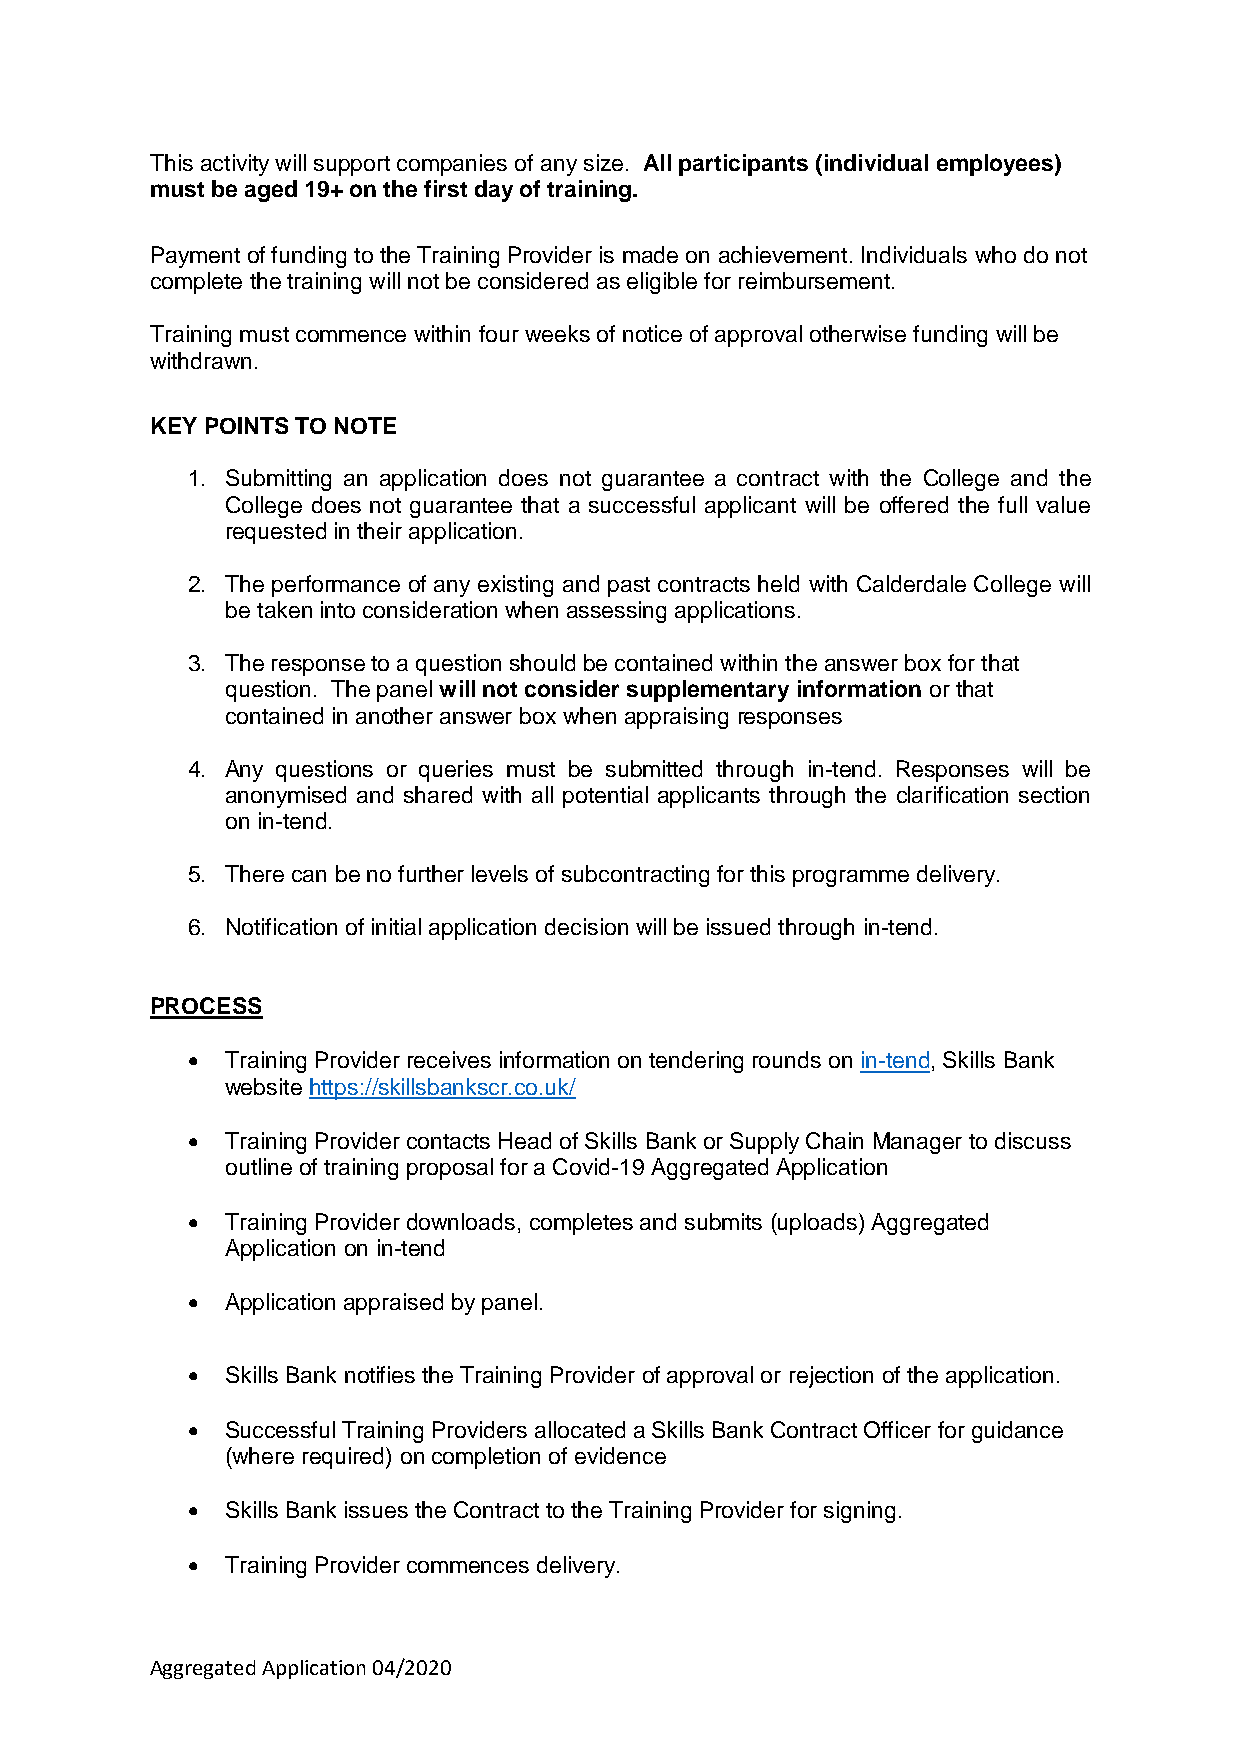
This activity will support companies of any size. All participants (individual employees)
 must be aged 19+ on the first day of training.
 Payment of funding to the Training Provider is made on achievement. Individuals who do not
 complete the training will not be considered as eligible for reimbursement.
 Training must commence within four weeks of notice of approval otherwise funding will be
 withdrawn.
 KEY POINTS TO NOTE
 1. Submitting an application does not guarantee a contract with the College and the
 College does not guarantee that a successful applicant will be offered the full value
 requested in their application.
 2. The performance of any existing and past contracts held with Calderdale College will
 be taken into consideration when assessing applications.
 3. The response to a question should be contained within the answer box for that
 question. The panel will not consider supplementary information or that
 contained in another answer box when appraising responses
 4. Any questions or queries must be submitted through in-tend. Responses will be
 anonymised and shared with all potential applicants through the clarification section
 on in-tend.
 5. There can be no further levels of subcontracting for this programme delivery.
 6. Notification of initial application decision will be issued through in-tend.
 PROCESS
   Training Provider receives information on tendering rounds on in-tend, Skills Bank
 website https://skillsbankscr.co.uk/
   Training Provider contacts Head of Skills Bank or Supply Chain Manager to discuss
 outline of training proposal for a Covid-19 Aggregated Application
   Training Provider downloads, completes and submits (uploads) Aggregated
 Application on in-tend
   Application appraised by panel.
   Skills Bank notifies the Training Provider of approval or rejection of the application.
   Successful Training Providers allocated a Skills Bank Contract Officer for guidance
 (where required) on completion of evidence
   Skills Bank issues the Contract to the Training Provider for signing.
   Training Provider commences delivery.
 Aggregated Application 04/2020